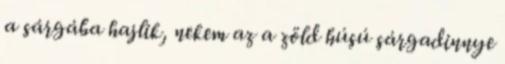
a sárgába hajlik, nekem az a zöld húsú sárgadinnye